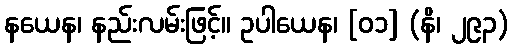
နယေန၊ နည်းလမ်းဖြင့်။ ဥပါယေန၊ [၀၁] (နိ၊ ၂၉၃)